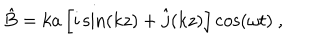
\hat { B } = k a \left[ i \sin ( k z ) + \hat { j } ( k z ) \right] \cos ( \omega t ) \ ,